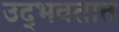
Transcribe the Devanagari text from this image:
उद्‍भवतात